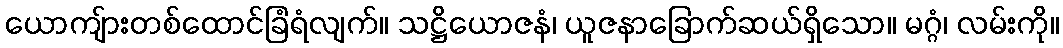
ယောကျ်ားတစ်ထောင်ခြံရံလျက်။ သဋ္ဌိယောဇနံ၊ ယူဇနာခြောက်ဆယ်ရှိသော။ မဂ္ဂံ၊ လမ်းကို။